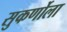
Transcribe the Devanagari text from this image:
सुकर्णोला